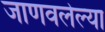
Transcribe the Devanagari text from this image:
जाणवलेल्या